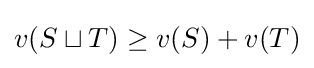
v(S\sqcup T)\geq v(S)+v(T)